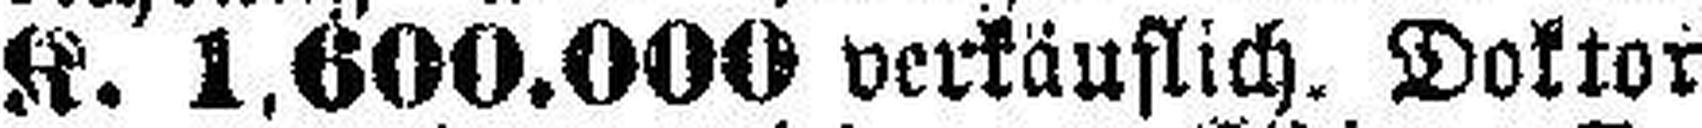
K. 1.600.000 verkäuflich. Doktor